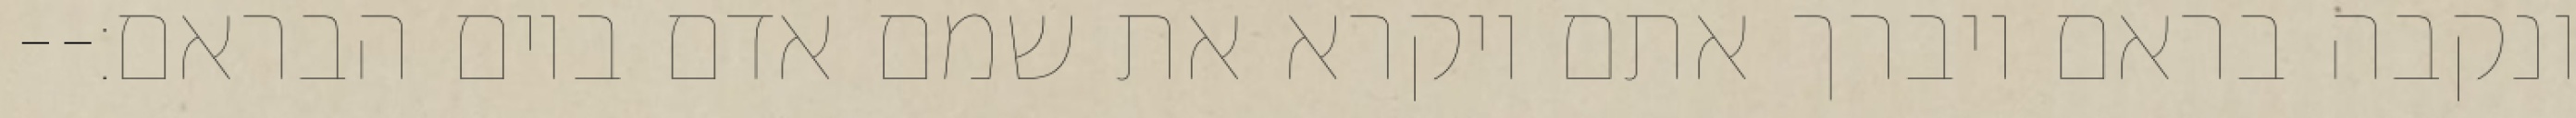
ונקבה בראם ויברך אתם ויקרא את שמם אדם ביום הבראם׃--